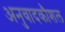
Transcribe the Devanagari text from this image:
अनुवादकौशल